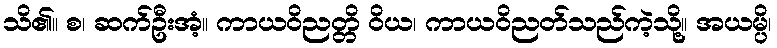
သိ၏။ စ၊ ဆက်ဦးအံ့။ ကာယဝိညတ္တိ ဝိယ၊ ကာယဝိညတ်သည်ကဲ့သို့။ အယမ္ပိ၊